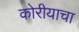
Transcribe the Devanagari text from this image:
कोरीयाचा